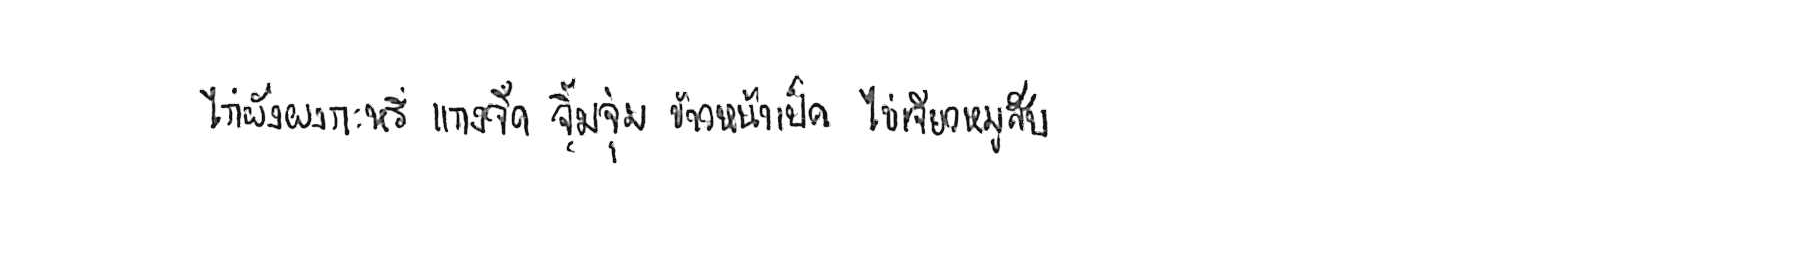
ไก่ผัดผงกะหรี่ แกงจืด จิ้มจุ่ม ข้าวหน้าเป็ด ไข่เจียวหมูสับ